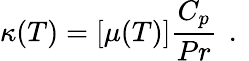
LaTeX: \kappa(T)=\left[\mu(T)\right]\frac{C_{p}}{Pr}\, \mathrm{~.~}